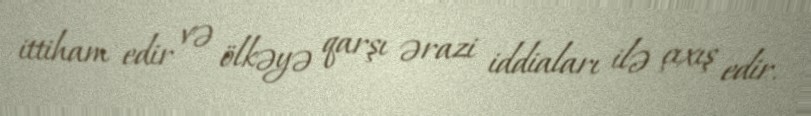
ittiham edir və ölkəyə qarşı ərazi iddiaları ilə çıxış edir.